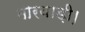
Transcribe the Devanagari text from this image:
मारवाड़ी।